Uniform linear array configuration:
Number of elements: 12
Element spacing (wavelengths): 0.5
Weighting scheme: kaiser
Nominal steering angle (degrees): -15
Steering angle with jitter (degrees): -15.523
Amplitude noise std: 0.05
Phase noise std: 0.05

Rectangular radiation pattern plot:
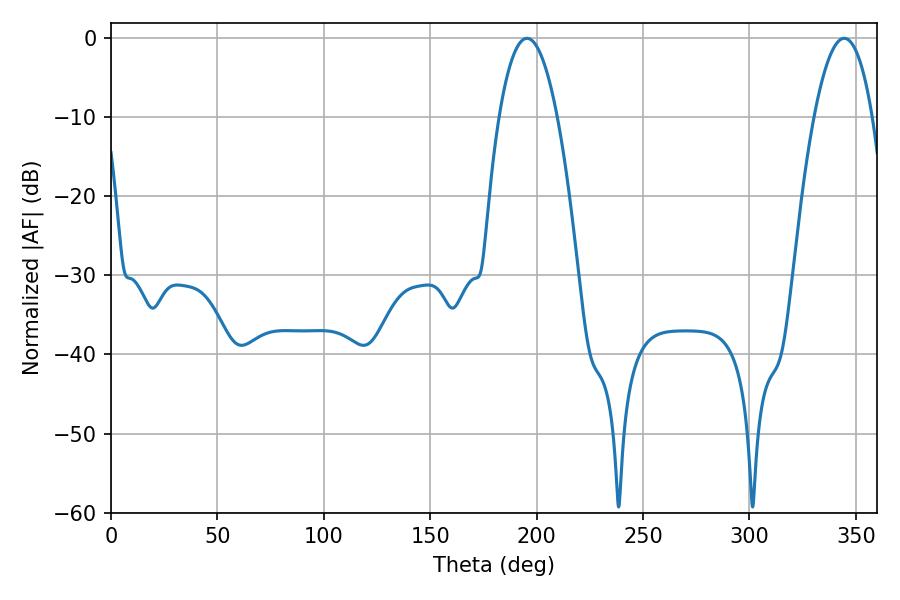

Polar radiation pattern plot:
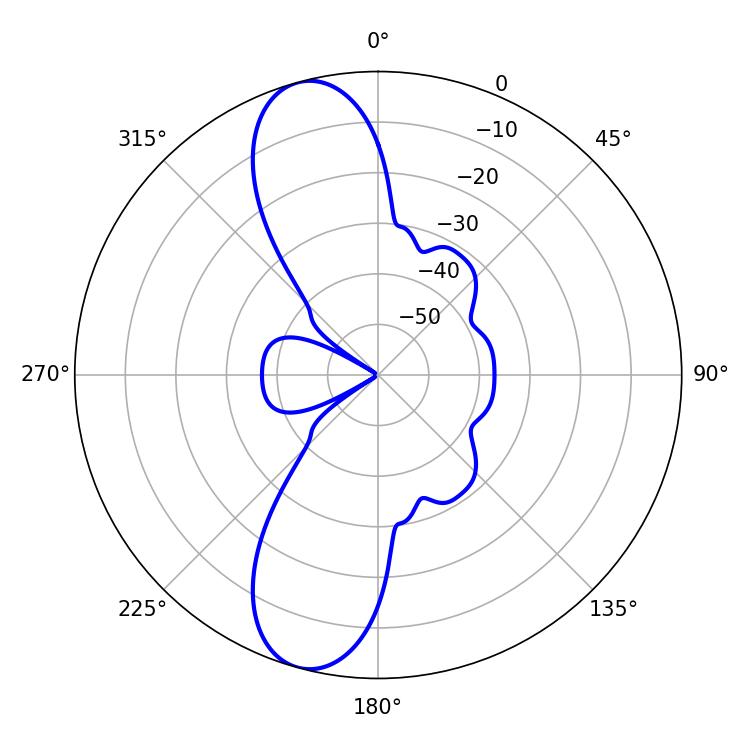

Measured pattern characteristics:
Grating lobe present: FALSE
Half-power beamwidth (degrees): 15.12
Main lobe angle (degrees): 195.48